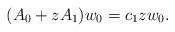
LaTeX: \begin{align*}(A_0 + z A_1)w_0 = c_1 z w_0. \end{align*}